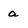
Character: a